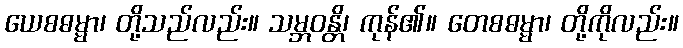
ယေစဓမ္မာ၊ တို့သည်လည်း။ သမ္ဘဝန္တိ၊ ကုန်၏။ တေစဓမ္မာ၊ တို့ကိုလည်း။